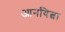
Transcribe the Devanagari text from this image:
आनयित्वा